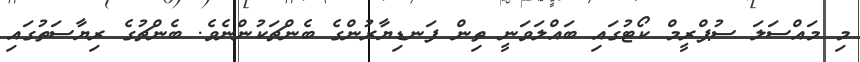
މި މައްސަލަ ސުޕްރީމް ކޯޓުގައި ބައްލަވަނީ ތިން ފަނޑިޔާރުންގެ ބެންޗަކުންނެވެ. ބެންޗުގެ ރިޔާސަތުގައި